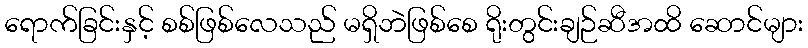
ရောက်ခြင်းနှင့် စစ်ဖြစ်လေသည် မရှိဘဲဖြစ်စေ ရိုးတွင်းချဉ်ဆီအထိ ဆောင်များ